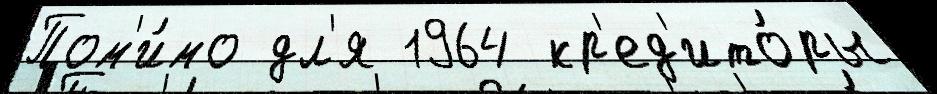
Пом'и́мо дл'я 1964 кр'ед'ито́ры